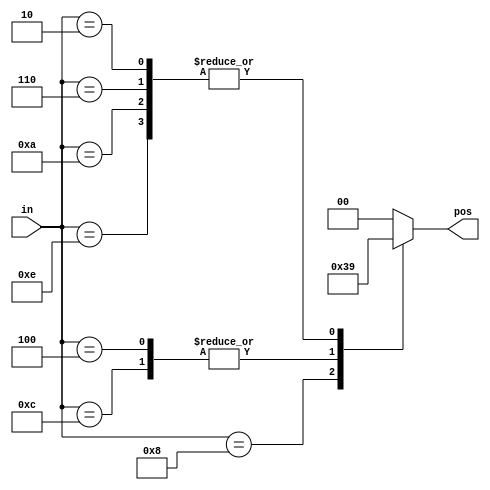
// synthesis verilog_input_version verilog_2001
module top_module (
    input [3:0] in,
    output reg [1:0] pos  );
    always@(*) begin
        case(in)
            4'b1000:pos=2'd3;
            4'b0100,4'b1100:pos=2'd2;
            4'b0010,4'b0110,4'b1010,4'b1110:pos=2'd1;
            default:pos=2'd0;
        endcase
    end
endmodule